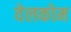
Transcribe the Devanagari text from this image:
वेलकोम